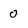
Character: 0